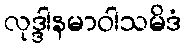
လုဒ္ဒါနမာဝါသမိဒံ